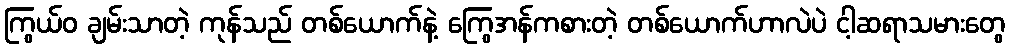
ကြွယ်ဝ ချမ်းသာတဲ့ ကုန်သည် တစ်ယောက်နဲ့ ကြွေအန်ကစားတဲ့ တစ်ယောက်ဟာလဲပဲ ငါ့ဆရာသမားတွေ